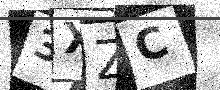
Text: 3XZC